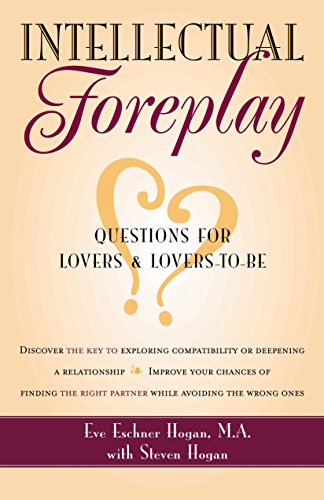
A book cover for Intellectual Foreplay: A Book of Questions for Lovers and Lovers-to-Be; Eve Eschner Hogan; Self-Help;